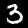
Label: 3